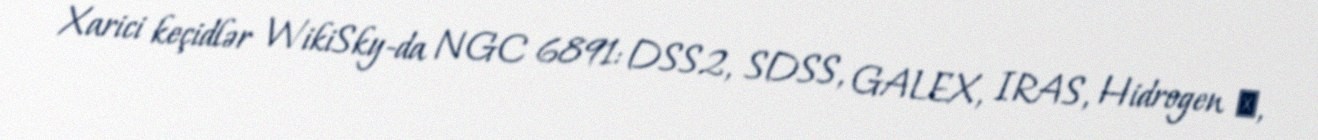
Xarici keçidlər WikiSky-da NGC 6891: DSS2, SDSS, GALEX, IRAS, Hidrogen α,